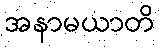
အနာမယာတိ